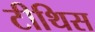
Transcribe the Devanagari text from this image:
टीथिस